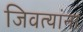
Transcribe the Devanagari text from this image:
जिवत्यांना